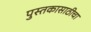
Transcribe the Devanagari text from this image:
पुस्तकासाठीचा